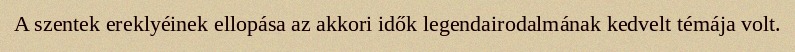
A szentek ereklyéinek ellopása az akkori idők legendairodalmának kedvelt témája volt.